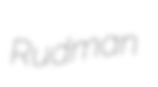
Rudman